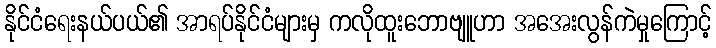
နိုင်ငံရေးနယ်ပယ်၏ အာရပ်နိုင်ငံများမှ ကလိုထူးဘောဗျူဟာ အအေးလွန်ကဲမှုကြောင့်